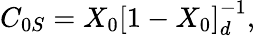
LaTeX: C_{0S}=X_{0}\left[1-X_{0}\right]_{d}^{-1},